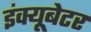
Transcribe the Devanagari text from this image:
इंक्यूबेटर